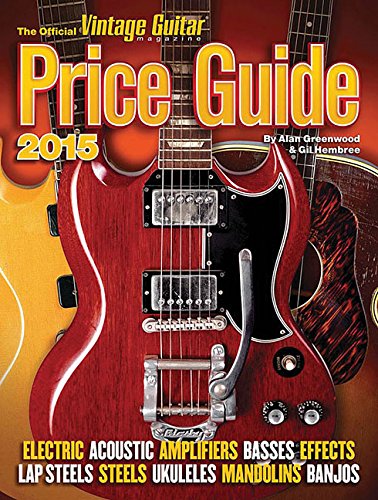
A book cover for The Official Vintage Guitar Price Guide 2015 (Official Vintage Guitar Magazine Price Guide); Alan Greenwood; Arts & Photography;